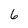
Character: 6